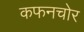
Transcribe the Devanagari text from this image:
कफनचोर